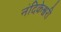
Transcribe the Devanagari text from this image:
नंदिकेश्वरी